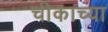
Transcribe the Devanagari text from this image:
चीकाच्या